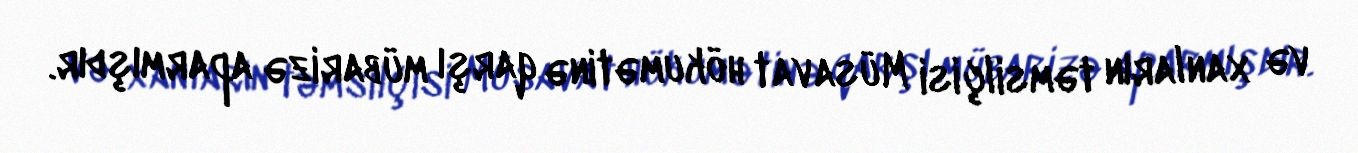
və xanların təmsilçisi Müsavat hökumətinə qarşı mübarizə aparmışdır.